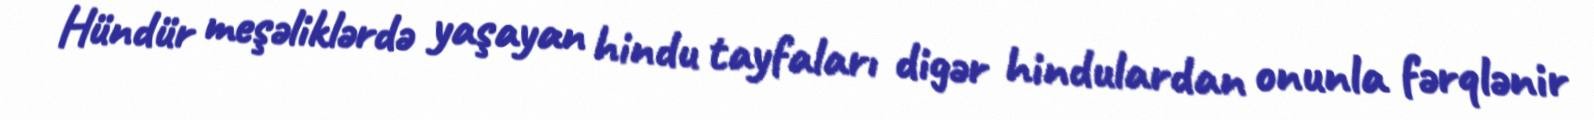
Hündür meşəliklərdə yaşayan hindu tayfaları digər hindulardan onunla fərqlənir